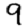
Digit: 9